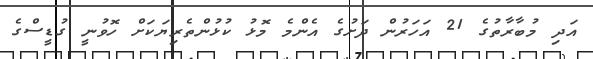
އަދި މުބާރާތުގެ 21 އަހަރުން ދަށުގެ އެންމެ މޮޅު ކުޅުންތެރިޔަކަށް ހޮވުނީ ގުޑީސްގެ